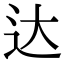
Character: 达